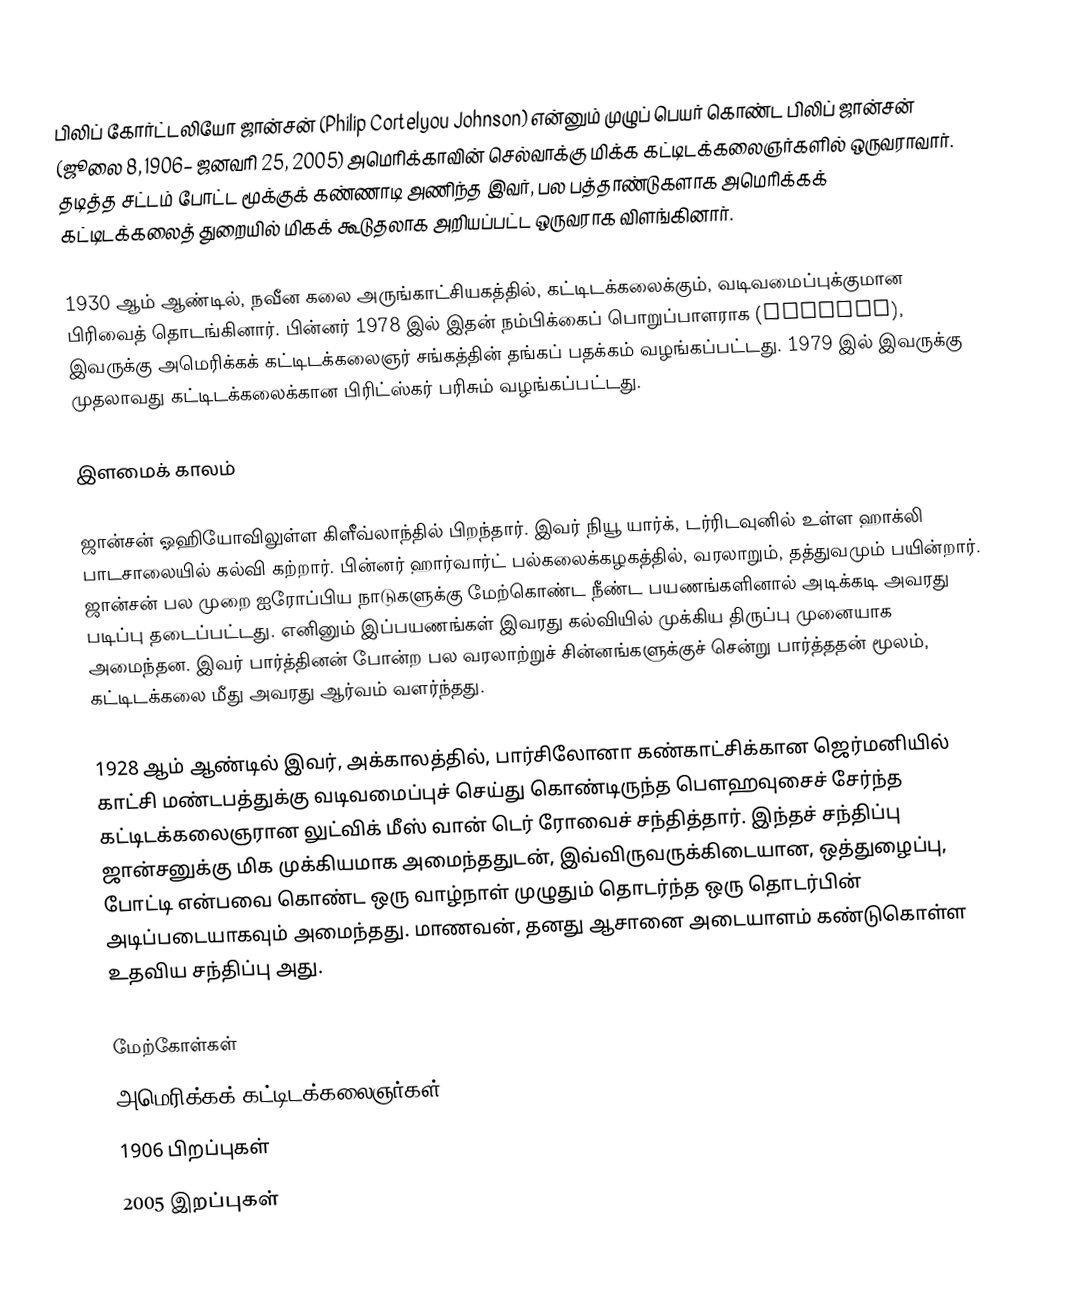
பிலிப் கோர்ட்டலியோ ஜான்சன் (Philip Cortelyou Johnson) என்னும் முழுப் பெயர் கொண்ட பிலிப் ஜான்சன் (ஜூலை 8, 1906– ஜனவரி 25, 2005) அமெரிக்காவின் செல்வாக்கு மிக்க கட்டிடக்கலைஞர்களில் ஒருவராவார். தடித்த சட்டம் போட்ட மூக்குக் கண்ணாடி அணிந்த இவர், பல பத்தாண்டுகளாக அமெரிக்கக் கட்டிடக்கலைத் துறையில் மிகக் கூடுதலாக அறியப்பட்ட ஒருவராக விளங்கினார்.

1930 ஆம் ஆண்டில், நவீன கலை அருங்காட்சியகத்தில், கட்டிடக்கலைக்கும், வடிவமைப்புக்குமான பிரிவைத் தொடங்கினார். பின்னர் 1978 இல் இதன் நம்பிக்கைப் பொறுப்பாளராக (trustee), இவருக்கு அமெரிக்கக் கட்டிடக்கலைஞர் சங்கத்தின் தங்கப் பதக்கம் வழங்கப்பட்டது. 1979 இல் இவருக்கு முதலாவது கட்டிடக்கலைக்கான பிரிட்ஸ்கர் பரிசும் வழங்கப்பட்டது.

இளமைக் காலம்

ஜான்சன் ஓஹியோவிலுள்ள கிளீவ்லாந்தில் பிறந்தார். இவர் நியூ யார்க், டர்ரிடவுனில் உள்ள ஹாக்லி பாடசாலையில் கல்வி கற்றார். பின்னர் ஹார்வார்ட் பல்கலைக்கழகத்தில், வரலாறும், தத்துவமும் பயின்றார். ஜான்சன் பல முறை ஐரோப்பிய நாடுகளுக்கு மேற்கொண்ட நீண்ட பயணங்களினால் அடிக்கடி அவரது படிப்பு தடைப்பட்டது. எனினும் இப்பயணங்கள் இவரது கல்வியில் முக்கிய திருப்பு முனையாக அமைந்தன. இவர் பார்த்தினன் போன்ற பல வரலாற்றுச் சின்னங்களுக்குச் சென்று பார்த்ததன் மூலம், கட்டிடக்கலை மீது அவரது ஆர்வம் வளர்ந்தது.

1928 ஆம் ஆண்டில் இவர், அக்காலத்தில், பார்சிலோனா கண்காட்சிக்கான ஜெர்மனியில் காட்சி மண்டபத்துக்கு வடிவமைப்புச் செய்து கொண்டிருந்த பௌஹவுசைச் சேர்ந்த கட்டிடக்கலைஞரான லுட்விக் மீஸ் வான் டெர் ரோவைச் சந்தித்தார். இந்தச் சந்திப்பு ஜான்சனுக்கு மிக முக்கியமாக அமைந்ததுடன், இவ்விருவருக்கிடையான, ஒத்துழைப்பு, போட்டி என்பவை கொண்ட ஒரு வாழ்நாள் முழுதும் தொடர்ந்த ஒரு தொடர்பின் அடிப்படையாகவும் அமைந்தது. மாணவன், தனது ஆசானை அடையாளம் கண்டுகொள்ள உதவிய சந்திப்பு அது.

மேற்கோள்கள்
அமெரிக்கக் கட்டிடக்கலைஞர்கள்
1906 பிறப்புகள்
2005 இறப்புகள்